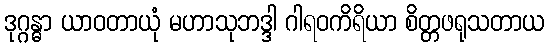
ဒုဂ္ဂန္ဓာ ယာဝတာယုံ မဟာသုဘဒ္ဒါ ဂါရဝကိရိယာ စိတ္တဖရုသတာယ